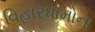
વિહારધામોના